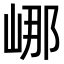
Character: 𡷙